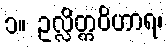
၁။ ဥလ္လိတ္တဝိဟာရ၊